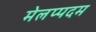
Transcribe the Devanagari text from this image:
मेलप्पदम